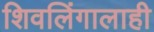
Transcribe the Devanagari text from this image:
शिवलिंगालाही